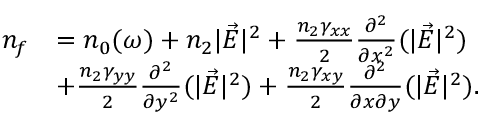
\begin{array} { r l } { n _ { f } } & { = n _ { 0 } ( \omega ) + n _ { 2 } | \vec { E } | ^ { 2 } + \frac { n _ { 2 } \gamma _ { x x } } { 2 } \frac { \partial ^ { 2 } } { \partial x ^ { 2 } } ( | \vec { E } | ^ { 2 } ) } \\ & { + \frac { n _ { 2 } \gamma _ { y y } } { 2 } \frac { \partial ^ { 2 } } { \partial y ^ { 2 } } ( | \vec { E } | ^ { 2 } ) + \frac { n _ { 2 } \gamma _ { x y } } { 2 } \frac { \partial ^ { 2 } } { \partial x \partial y } ( | \vec { E } | ^ { 2 } ) . } \end{array}